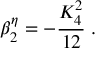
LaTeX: \beta _ { 2 } ^ { \eta } = - \frac { K _ { 4 } ^ { 2 } } { 1 2 } \; .